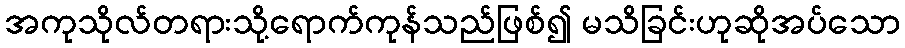
အကုသိုလ်တရားသို့ရောက်ကုန်သည်ဖြစ်၍ မသိခြင်းဟုဆိုအပ်သော